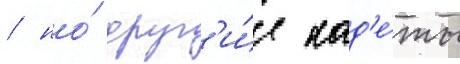
/ но́ друг'и́е кад'е́ты